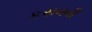
કરાવવી